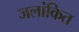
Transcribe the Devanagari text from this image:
जलांकित